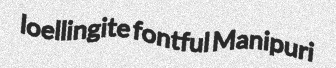
loellingite fontful Manipuri